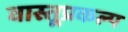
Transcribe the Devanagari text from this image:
वास्तूप्रकल्प